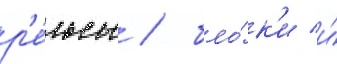
р'е́льсы / бло́к'и и́